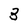
Character: 3